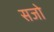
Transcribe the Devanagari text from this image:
सजो